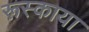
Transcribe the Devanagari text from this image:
रूस्काया